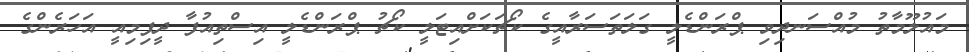
މައުލޫމާތު މުއްސަނދިވި ޕްރަންޑެލީ ގަލަތަސަރާއީގެ ކޯޗަކަށްއިޓަލީ ކޯޗު ޕްރަންޑެލީ އިސްތިއުފާ ދީފިމިއީ އަހަރެންގެ